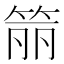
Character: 𬕄